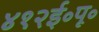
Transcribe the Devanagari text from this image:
४१२ई॰पू॰